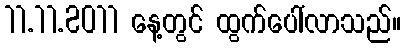
11.11.2011 နေ့တွင် ထွက်ပေါ်လာသည်။